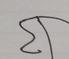
Signature authenticity: forged